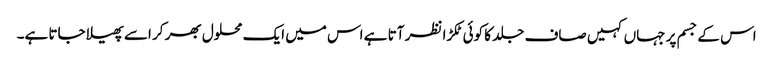
اس کے جسم پر جہاں کہیں صاف جلد کا کوئی ٹکڑا نظر آتا ہے اس میں ایک محلول بھر کر اسے پھیلا جاتا ہے۔